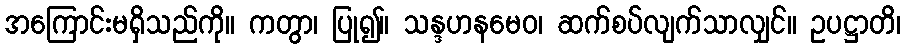
အကြောင်းမရှိသည်ကို။ ကတွာ၊ ပြု၍။ သန္ဒဟနမေဝ၊ ဆက်စပ်လျက်သာလျှင်။ ဥပဋ္ဌာတိ၊